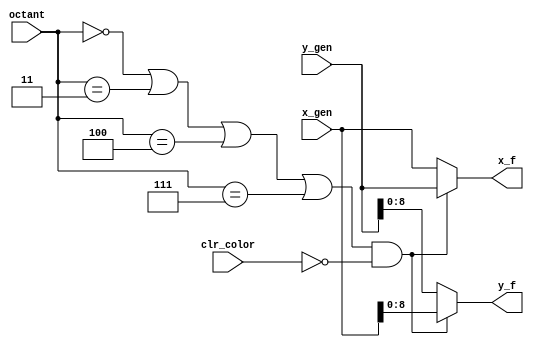
module point_swapback(x_gen, y_gen, octant, clr_color, x_f, y_f);

input [9:0] x_gen;
input [9:0] y_gen;
input [2:0] octant;
input clr_color;
output [9:0] x_f;
output [8:0] y_f;

assign x_f = (((octant == 3'b000) || (octant == 3'b011) || (octant == 3'b100) || (octant == 3'b111)) & ~clr_color) ? y_gen:x_gen;
assign y_f = (((octant == 3'b000) || (octant == 3'b011) || (octant == 3'b100) || (octant == 3'b111)) & ~clr_color) ? x_gen:y_gen;

endmodule